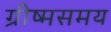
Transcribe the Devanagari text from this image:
ग्रीष्मसमय